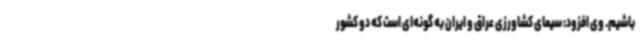
باشیم. وی افزود: سیمای کشاورزی عراق و ایران به گونه‌ای است که دو کشور